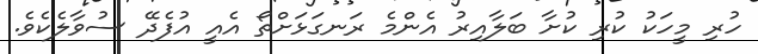
ހުރި މީހަކު ކުރި ކުށާ ބަލާއިރު އެންމެ ރަނގަޅަށްތޯ އެއީ އުފެދޭ ސުވާލެކެވެ.